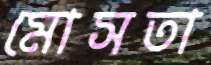
মোসতা